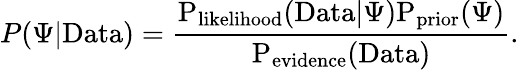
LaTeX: P(\Psi|\mathrm{{Data})=\frac{P_{\mathrm{{likelihood}}}(\mathrm{{Data}|\Psi)P_{\mathrm{{prior}}}(\Psi)}}{P_{\mathrm{{evidence}}}(\mathrm{{Data})}}.}